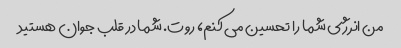
من انرژی شما را تحسین می کنم، روت. شما در قلب جوان هستید